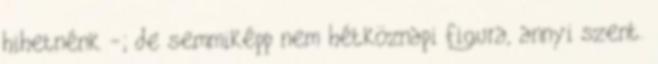
hihetnénk -; de semmiképp nem hétköznapi figura, annyi szent.